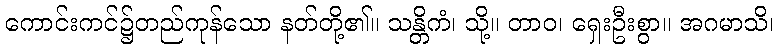
ကောင်းကင်၌တည်ကုန်သော နတ်တို့၏။ သန္တိကံ၊ သို့။ တာဝ၊ ရှေးဦးစွာ။ အဂမာသိ၊